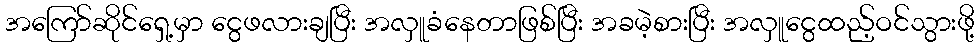
အကြော်ဆိုင်ရှေ့မှာ ငွေဖလားချပြီး အလှူခံနေတာဖြစ်ပြီး အခမဲ့စားပြီး အလှူငွေထည့်ဝင်သွားဖို့